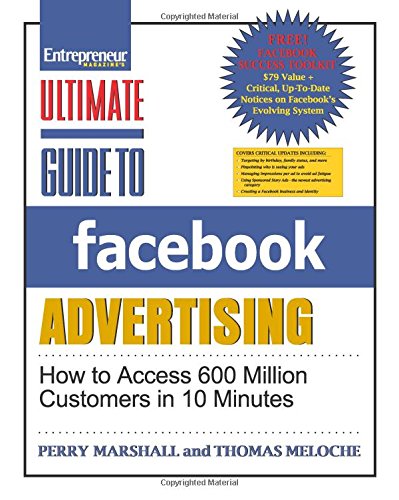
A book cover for Ultimate Guide to Facebook Advertising: How to Access 600 Million Customers in 10 Minutes (Ultimate Series); Perry Marshall; Computers & Technology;